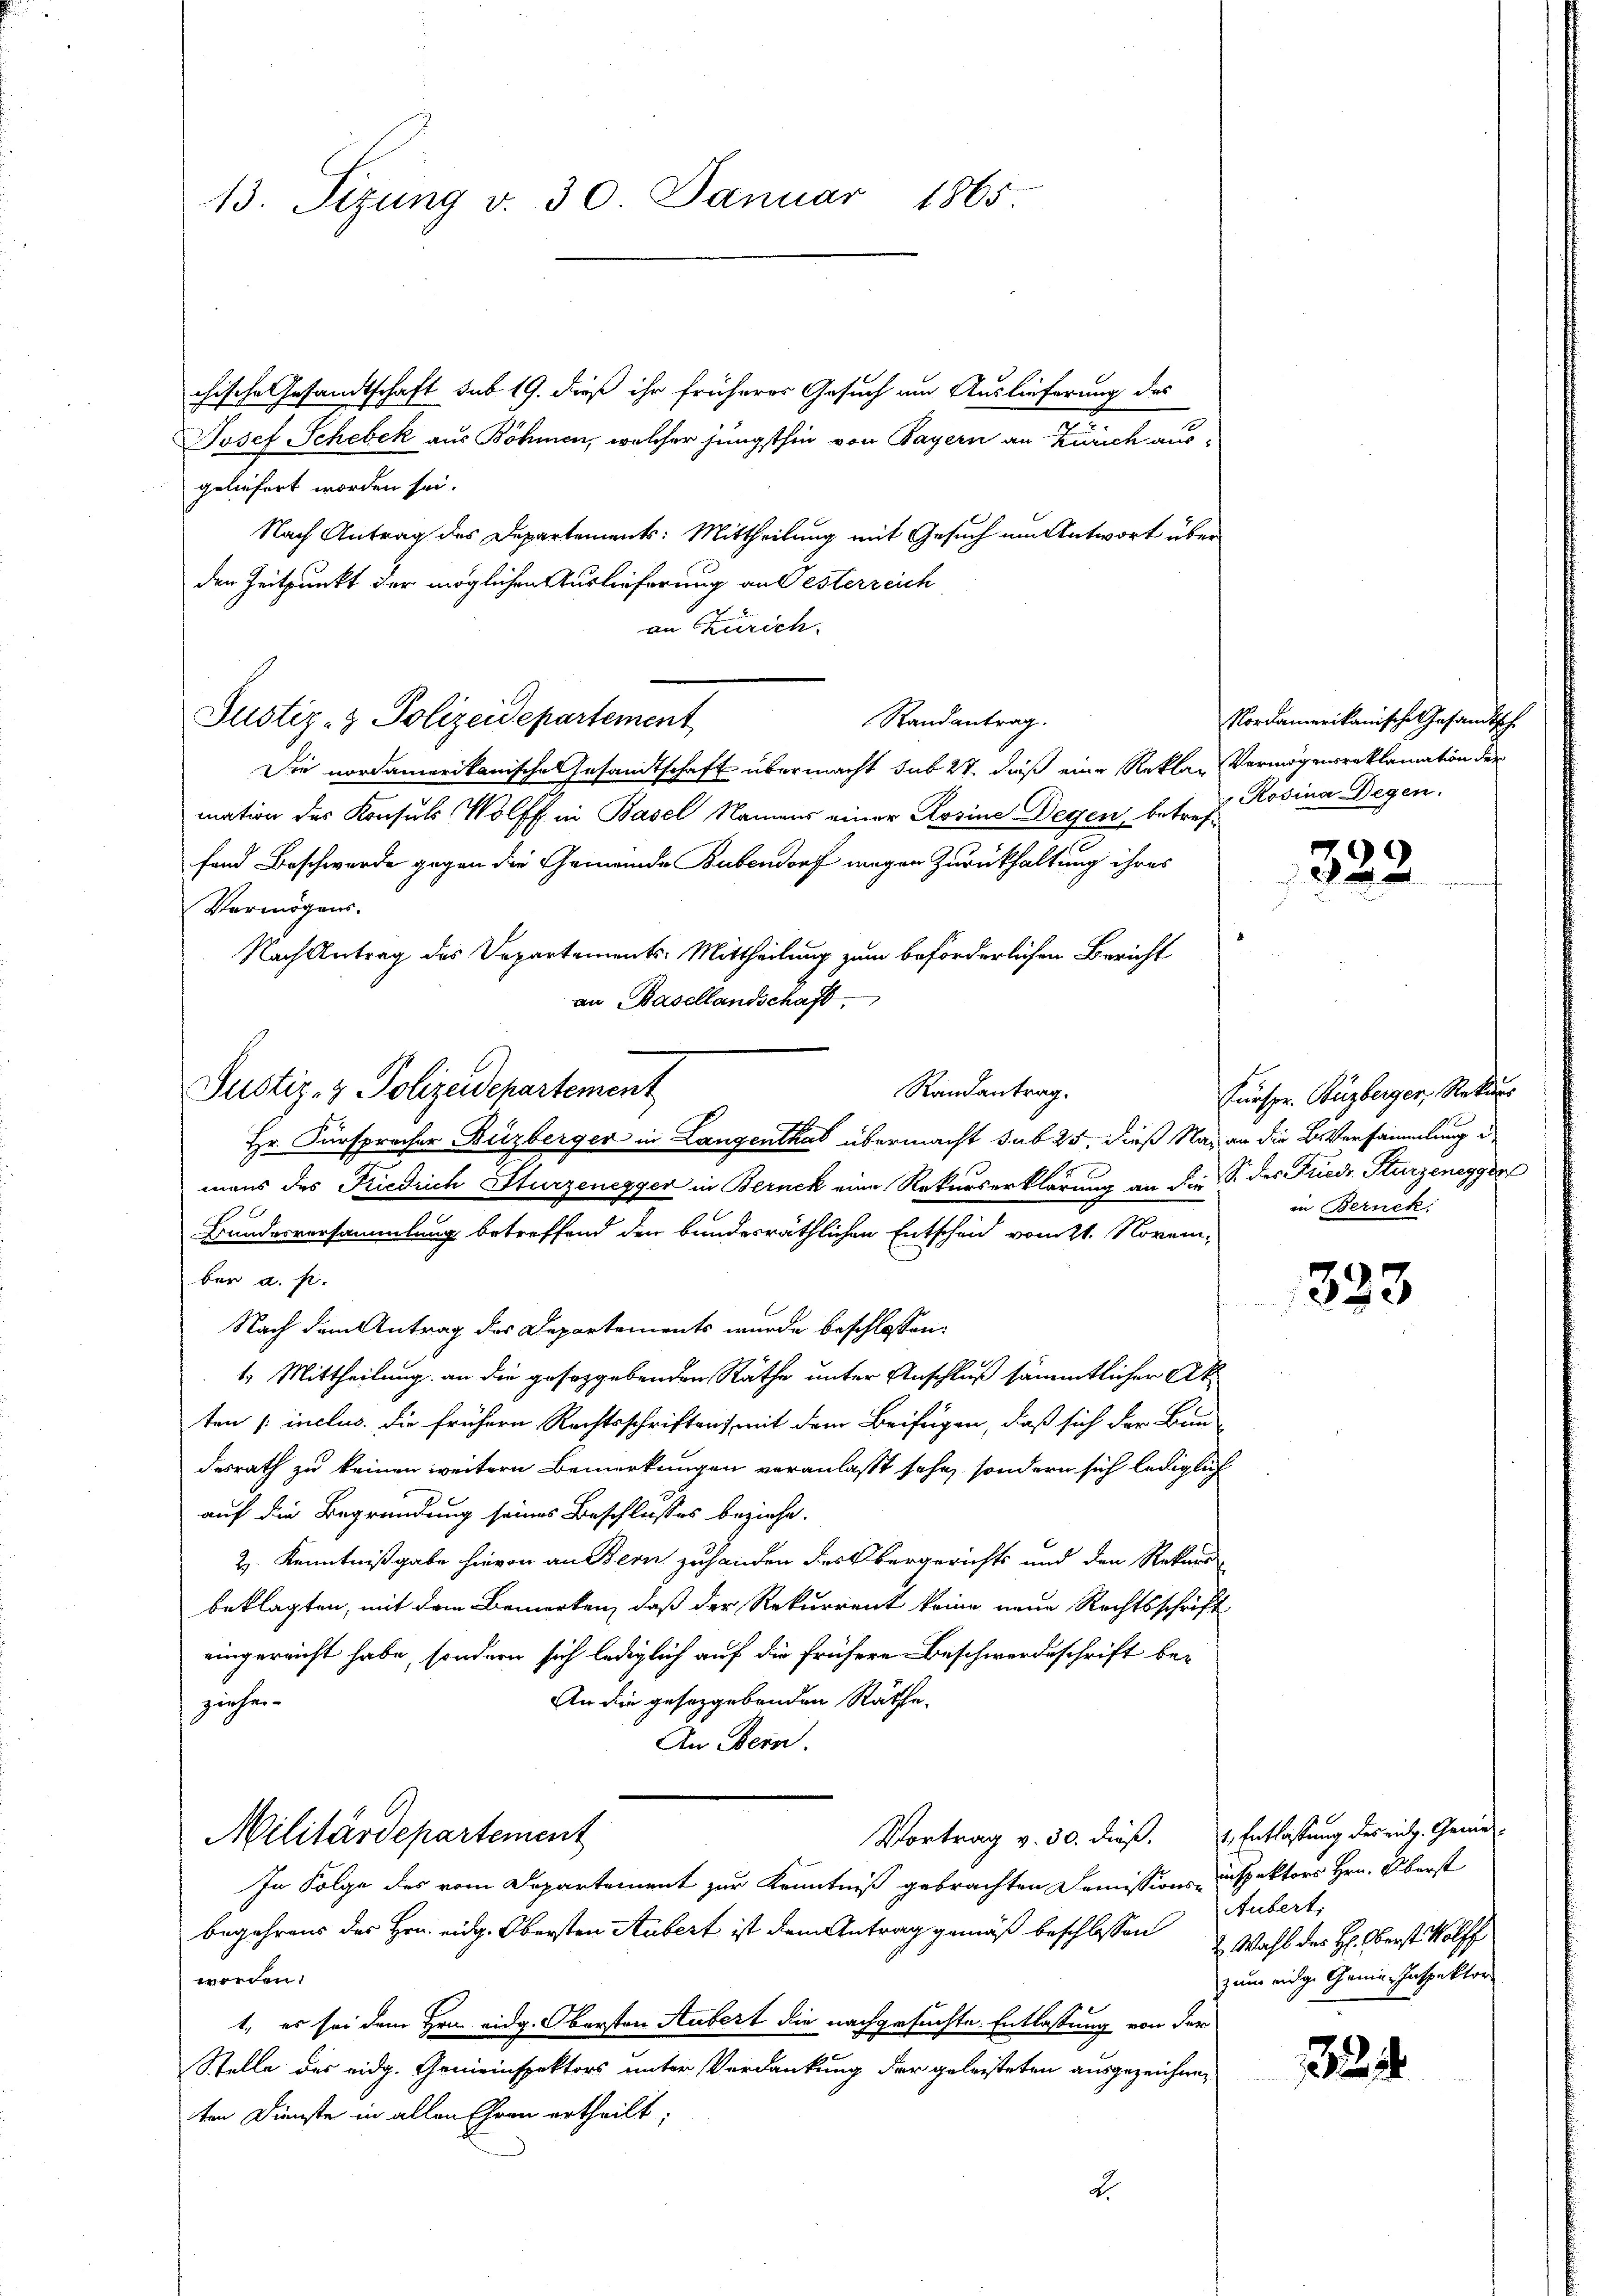
13. Sizung v. 30. Januar 1865

chische Gesandtschaft sub 19. dieß ihr früheres Gesuch um Auslieferung des
Josef Schebek aus Böhmen, welcher jüngsthin von Payern an Zürich aus-
geliefert worden sei.
Nach Antrag des Departements: Mittheilung mit Gesuch um Antwort über
den Zeitpunkt der möglichen Auslieferung an Jesterreich
an Zürich.
Justiz- & Polizeidepartement
Die nordamerikanische Gesandtschaft übermacht sub 27, daß eine Reklar Vermögensreklamation der
mation des Konsuls Wolff in Basel Namens einer Rosine Degen, betreffand Beschwerde gegen die Gemeinde Bubendorf wegen Zurückhaltung ihres
Vermögens-
Nach Antrag des Departements-Mittheilung zum beförderlichen Bericht
an Basellandschaft,
Randantrag.
Justiz- & Polizeidepartement
Hr. Fürspracher Buzberger in Langenthal übermacht sub 25, dieß Naz an die Versammlung d

mans des Friedrich Sturzenegger in Bernek eine Rekurserklärung an den S. des Friedr. Sturzenegger
Bundesversammlung betreffend den bundesräthlichen Entscheid vom 21. Novem-
ber a. p.
Nach dem Antrag des Departements wurde beschlossen:
1.) Mittheilung an die gesetzgebenden Räthe unter Anschluß sämmtlicher Akten [inclus. Die frühern Rechtsschriften mit dem Beifügen, daß sich der Bau-
desrath zu keinen weitern Bemerkungen veranlaßt sehe, sondern sich lediglich
auf die Begründung seines Beschlusses beziehe.
2. Kenntnißgabe hievon an Bern zuhanden des Obergerichts und den Rekurr
beklagten, mit dem Bemerken, daß der Rekurrent keine neue Rechtsschrift
eingereicht habe, sondern sich lediglich auf die frühere Beschwerdeschrift be-
An die gesetzgebenden Räthe.
ziehen.
An ein.

Randantrag.

Vortrag v. 30. dieß, 1 Entlassung des eidg. Genie¬
Militärdepartement
In Folge des vom Departement zur Kenntniß gebrachten Commissions-Inspektors Hrn. Oberst

begehrens des Hrn. eidg. Obersten Aubert ist dem Antrag gemäß beschlossen Wahl des H: Oberst Wolff
worden.
1., es sei dem Hrn. eidg. Obersten Aubert die nachgesuchte Entlassung von der
Stelle des eidg. Gemeinspektors unter Verdankung der geleisteten ausgezeichneten Dienste in allen Ehren ertheilt;

Nordamerikanische Gesandtsch.
Rosina Degen.

323.

Curspr. Buzberger, Rekurs
in Bernek

333

Aubert
zum eidge Genie-Inspektor

24